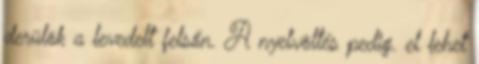
derülök a levedelt felsőn. A nyelvöltés pedig. el lehet